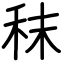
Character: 秣